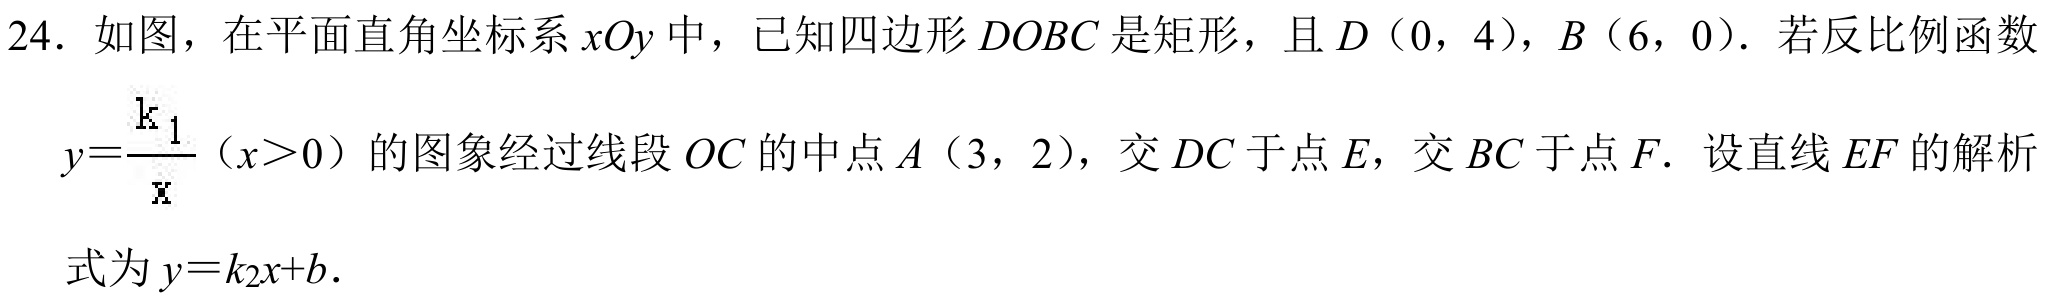
24. 如图，在平面直角坐标系$xOy$中，已知四边形$DOBC$是矩形，且$D(0,4)$，$B(6,0)$．若反比例函数$y = \frac{k_{1}}{x}(x>0)$的图象经过线段$OC$的中点$A(3,2)$，交$DC$于点$E$，交$BC$于点$F$．设直线$EF$的解析式为$y = k_{2}x + b$．